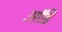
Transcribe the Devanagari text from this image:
ऑडि